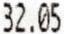
32.05